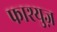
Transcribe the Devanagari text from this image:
फाश्युज़